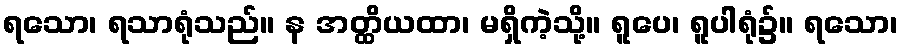
ရသော၊ ရသာရုံသည်။ န အတ္ထိယထာ၊ မရှိကဲ့သို့။ ရူပေ၊ ရူပါရုံ၌။ ရသော၊